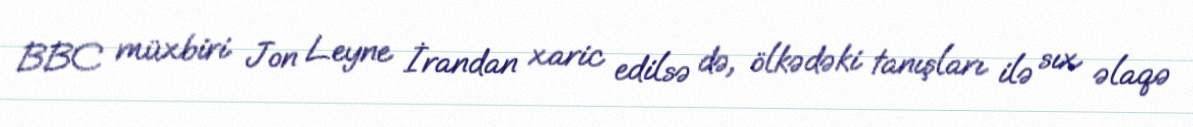
BBC müxbiri Jon Leyne İrandan xaric edilsə də, ölkədəki tanışları ilə sıx əlaqə